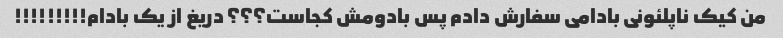
من کیک ناپلئونی بادامی سفارش دادم پس بادومش کجاست؟؟؟ دریغ از یک بادام!!!!!!!!!